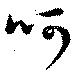
呵